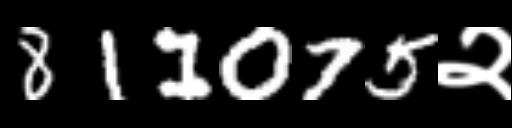
Text: 811075२